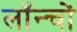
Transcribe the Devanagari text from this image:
लॉन्चों